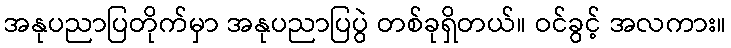
အနုပညာပြတိုက်မှာ အနုပညာပြပွဲ တစ်ခုရှိတယ်။ ဝင်ခွင့် အလကား။